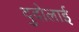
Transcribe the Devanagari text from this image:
दुदोलाई